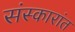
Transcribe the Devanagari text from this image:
संस्कारांत